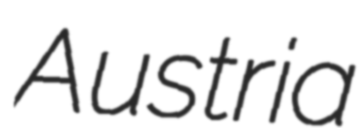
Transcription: Austria